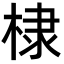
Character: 棣